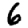
Digit: 6